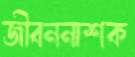
জীবননাশক